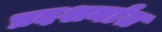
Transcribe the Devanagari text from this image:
प्रदशर्नात